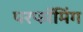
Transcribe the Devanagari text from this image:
परफॉमिंग